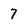
Character: 7